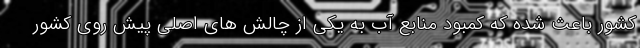
کشور باعث شده که کمبود منابع آب به یکی از چالش های اصلی پیش روی کشور